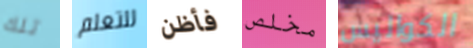
تلك للتعلم فأظن مخلص الكواليس